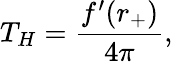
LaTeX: T_{H}=\frac{f^{\prime}(r_{+})}{4\pi},